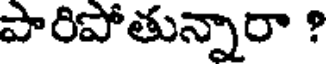
పారిపోతున్నారా ?